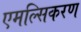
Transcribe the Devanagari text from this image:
एमल्सिकरण